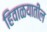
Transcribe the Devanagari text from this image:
हिवाळयातील